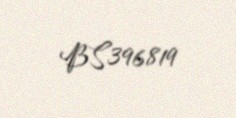
BS396819